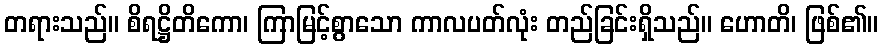
တရားသည်။ စိရဋ္ဌိတိကော၊ ကြာမြင့်စွာသော ကာလပတ်လုံး တည်ခြင်းရှိသည်။ ဟောတိ၊ ဖြစ်၏။